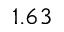
1 . 6 3